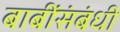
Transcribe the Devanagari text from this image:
बाबींसंबंधी